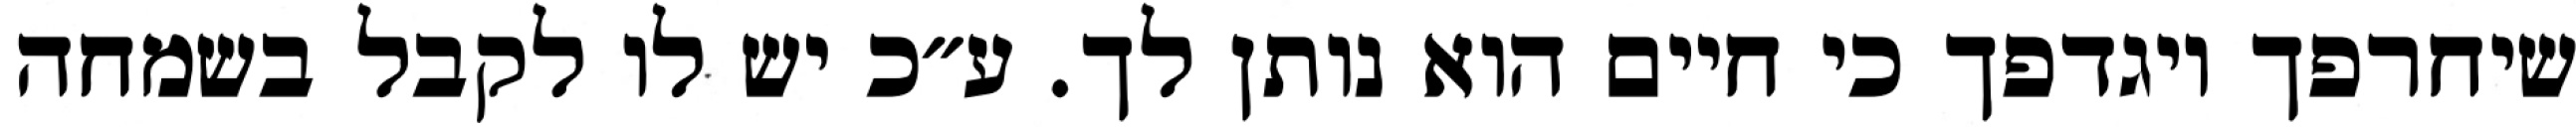
שיחרפך ויגדפך כי חיים הוא נותן לך. ע״כ יש לו לקבל בשמחה